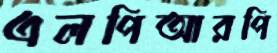
এলপিআরপি